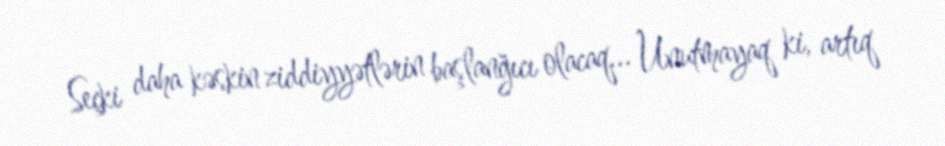
Seçki daha kəskin ziddiyyətlərin başlanğıcı olacaq... Unutmayaq ki, artıq